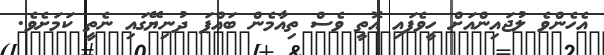
އެހެންވެ ލުޖައިންއަށް ހީވެފައި އޮތީ ވެސް ތިއާމެން ބައްޕަ ދުނިޔޭގައި ނެތީ ކަމަށެވެ.